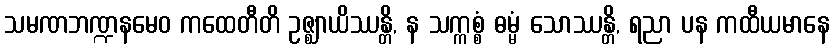
သမဏဘဏ္ဍနမေဝ ကထေတီတိ ဥဇ္ဈာယိဿန္တိ, န သက္ကစ္စံ ဓမ္မံ သောဿန္တိ, ရညာ ပန ကထီယမာနေ